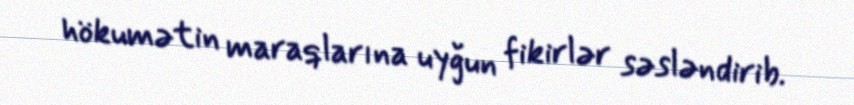
hökumətin maraqlarına uyğun fikirlər səsləndirib.